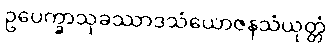
ဥပေက္ခာသုခဿာဒသံယောဇနသံယုတ္တံ